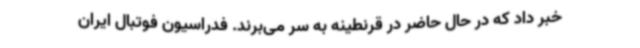
خبر داد که در حال حاضر در قرنطینه به سر می‌برند. فدراسیون فوتبال ایران